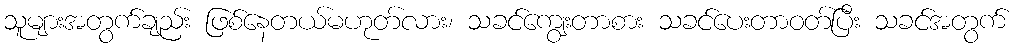
သူများအတွက်ချည်း ဖြစ်နေတယ်မဟုတ်လား၊ သခင်ကျွေးတာစား သခင်ပေးတာဝတ်ပြီး သခင်အတွက်